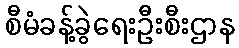
စီမံခန့်ခွဲရေးဦးစီးဌာန